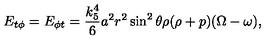
E _ { t \phi } = E _ { \phi t } = \frac { k _ { 5 } ^ { 4 } } 6 a ^ { 2 } r ^ { 2 } \sin ^ { 2 } \theta \rho ( \rho + p ) ( \Omega - \omega ) ,